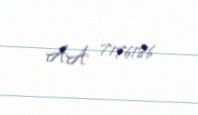
AA 7176186